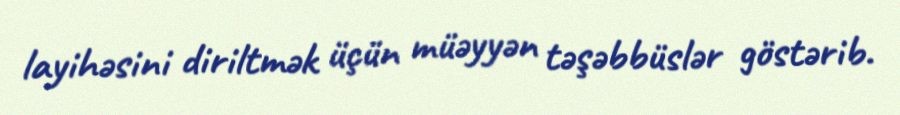
layihəsini diriltmək üçün müəyyən təşəbbüslər göstərib.